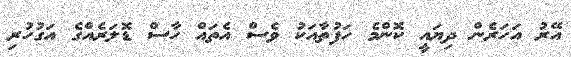
އޭރު އަހަރެން ދިޔައީ ކޮންމެ ހަފުތާއަކު ވެސް އެތައް ހާސް ޑޮލަރެއްގެ އަގުހުރި